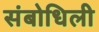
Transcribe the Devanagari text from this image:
संबोधिली